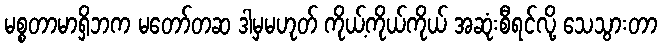
မစ္စတာမာရှိဘက မတော်တဆ ဒါမှမဟုတ် ကိုယ့်ကိုယ်ကိုယ် အဆုံးစီရင်လို့ သေသွားတာ